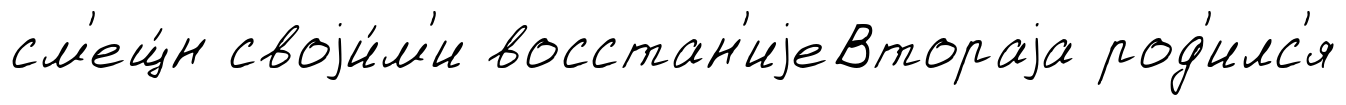
см'ещ́н своjи́м'и восстан'иjеВтораjа род'илс'я